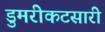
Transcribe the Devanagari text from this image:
डुमरीकटसारी